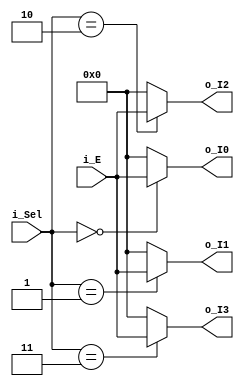
module mux_4to1 (
    input [3:0] i_E,
    input [1:0] i_Sel,
    output [3:0] o_I0,
    output [3:0] o_I1,
    output [3:0] o_I2,
    output [3:0] o_I3
);

assign o_I0 = (i_Sel == 2'b00) ? i_E : 0;
assign o_I1 = (i_Sel == 2'b01) ? i_E : 0;
assign o_I2 = (i_Sel == 2'b10) ? i_E : 0;
assign o_I3 = (i_Sel == 2'b11) ? i_E : 0;

endmodule